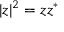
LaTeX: | z | ^ { 2 } = z z ^ { * }